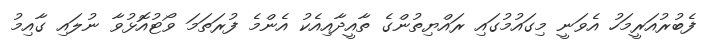
ފެބުރުއަރީމަހު އެވަނީ މިގައުމުގައި ރައްޔިތުންގެ ތާއީދާއިއެކު އެންމެ ފުރަތަމަ ވޯޓުއޮޅުވާ ނުލައި ގާއިމު